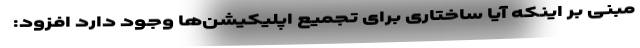
مبنی بر اینکه آیا ساختاری برای تجمیع اپلیکیشن‌ها وجود دارد افزود: